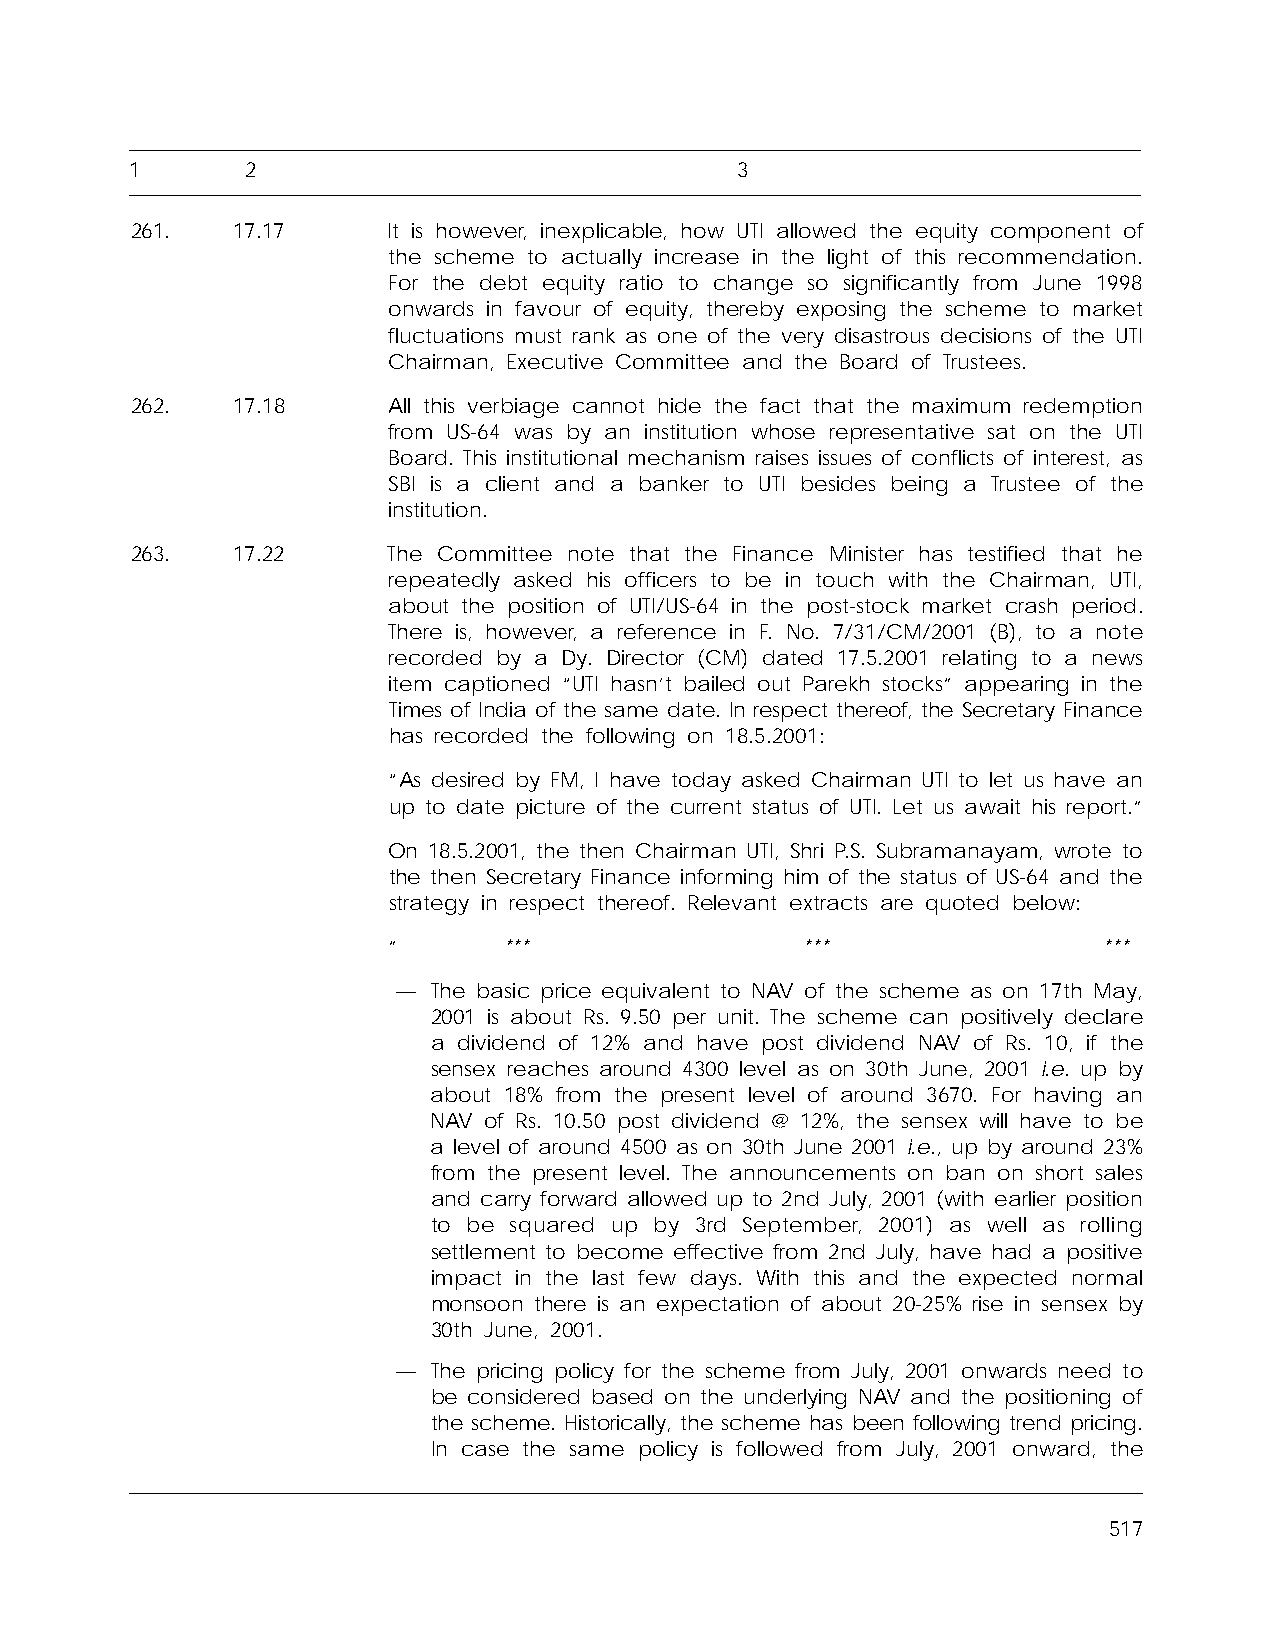
1      2                                3
 261.  17.17      It is however, inexplicable, how UTI allowed the equity component of
 the scheme to actually increase in the light of this recommendation.
 For the debt equity ratio to change so significantly from June 1998
 onwards in favour of equity, thereby exposing the scheme to market
 fluctuations must rank as one of the very disastrous decisions of the UTI
 Chairman, Executive Committee and the Board of Trustees.
 262.  17.18      All this verbiage cannot hide the fact that the maximum redemption
 from US-64 was by an institution whose representative sat on the UTI
 Board. This institutional mechanism raises issues of conflicts of interest, as
 SBI is a client and a banker to UTI besides being a Trustee of the
 institution.
 263.  17.22      The Committee note that the Finance Minister has testified that he
 repeatedly asked his officers to be in touch with the Chairman, UTI,
 about the position of UTI/US-64 in the post-stock market crash period.
 There is, however, a reference in F. No. 7/31/CM/2001 (B), to a note
 recorded by a Dy. Director (CM) dated 17.5.2001 relating to a news
 item captioned “UTI hasn’t bailed out Parekh stocks” appearing in the
 Times of India of the same date. In respect thereof, the Secretary Finance
 has recorded the following on 18.5.2001:
 “As desired by FM, I have today asked Chairman UTI to let us have an
 up to date picture of the current status of UTI. Let us await his report.”
 On 18.5.2001, the then Chairman UTI, Shri P.S. Subramanayam, wrote to
 the then Secretary Finance informing him of the status of US-64 and the
 strategy in respect thereof. Relevant extracts are quoted below:
 ”      ***                 ***                 ***
 —  The basic price equivalent to NAV of the scheme as on 17th May,
 2001 is about Rs. 9.50 per unit. The scheme can positively declare
 a dividend of 12% and have post dividend NAV of Rs. 10, if the
 sensex reaches around 4300 level as on 30th June, 2001 i.e. up by
 about 18% from the present level of around 3670. For having an
 NAV of Rs. 10.50 post dividend @ 12%, the sensex will have to be
 a level of around 4500 as on 30th June 2001 i.e., up by around 23%
 from the present level. The announcements on ban on short sales
 and carry forward allowed up to 2nd July, 2001 (with earlier position
 to be squared up by 3rd September, 2001) as well as rolling
 settlement to become effective from 2nd July, have had a positive
 impact in the last few days. With this and the expected normal
 monsoon there is an expectation of about 20-25% rise in sensex by
 30th June, 2001.
 —  The pricing policy for the scheme from July, 2001 onwards need to
 be considered based on the underlying NAV and the positioning of
 the scheme. Historically, the scheme has been following trend pricing.
 In case the same policy is followed from July, 2001 onward, the
 517